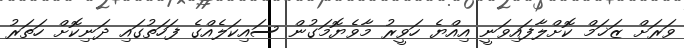
ވަރަށް ޒަޚަމް ކޮށްލާފައިވަނީ އިއްޔެ ހަވީރު މާވެޔޮމަގުން ސައިކަލެއްގެ ފަހަތުގައި ދަނިކޮށް ހަތަރު